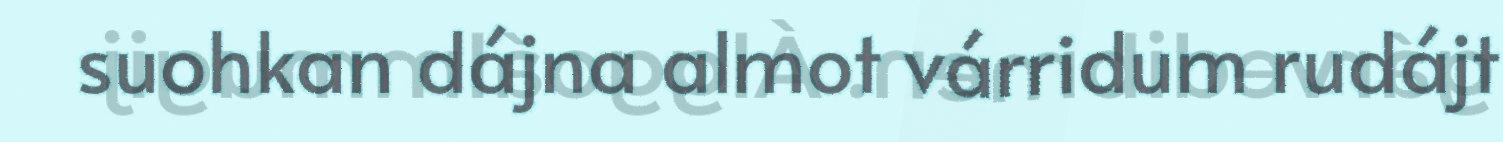
suohkan dájna almot várridum rudájt